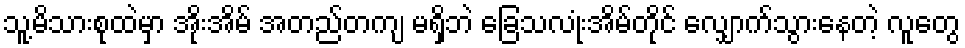
သူ့မိသားစုထဲမှာ အိုးအိမ် အတည်တကျ မရှိဘဲ ခြေသလုံးအိမ်တိုင် လျှောက်သွားနေတဲ့ လူတွေ